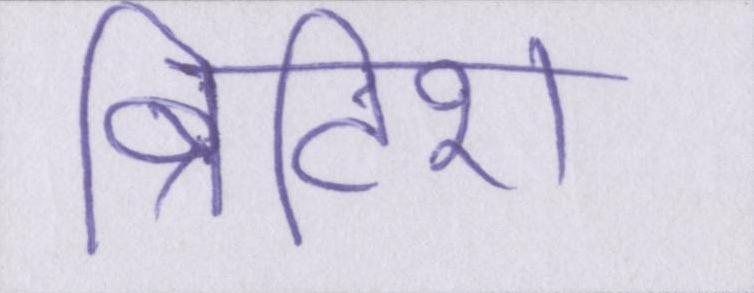
ब्रिटिश